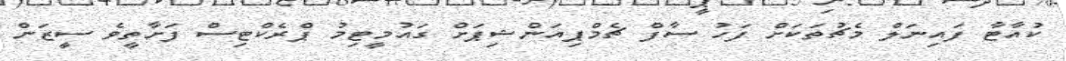
ކުއާޓާ ފައިނަލް މެޗުތަކަށް ފަހު ސާފް ޗެމްޕިއަންޝިޕަށް ގައުމީޓިމު ޕްރެކްޓިސް ފަށާތީވެ ސީޒަން